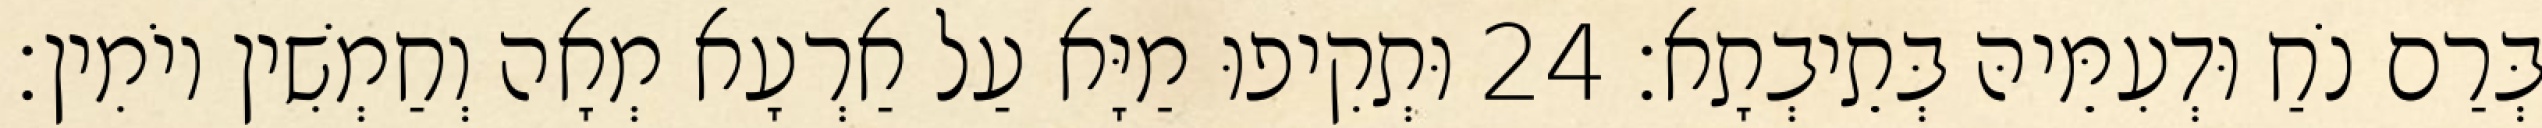
בְּרַם נֹחַ וּדְעִמֵּיהּ בְּתֵיבְתָא׃ 24 וּתְקִיפוּ מַיָּא עַל אַרְעָא מְאָה וְחַמְשִׁין יוֹמִין׃